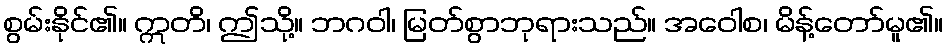
စွမ်းနိုင်၏။ ဣတိ၊ ဤသို့။ ဘဂဝါ၊ မြတ်စွာဘုရားသည်။ အဝေါစ၊ မိန့်တော်မူ၏။